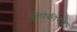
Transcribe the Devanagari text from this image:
भूलोकीचेच